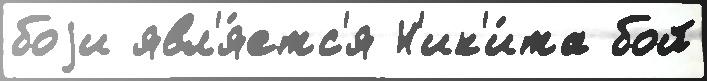
боjи явл'я́етс'я Н'ик'и́та бой